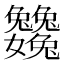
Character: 𡤺